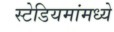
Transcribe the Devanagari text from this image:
स्टेडियमांमध्ये